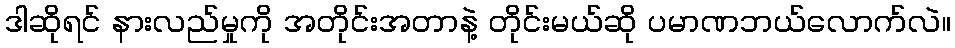
ဒါဆိုရင် နားလည်မှုကို အတိုင်းအတာနဲ့ တိုင်းမယ်ဆို ပမာဏဘယ်လောက်လဲ။